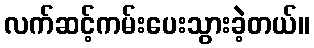
လက်ဆင့်ကမ်းပေးသွားခဲ့တယ်။